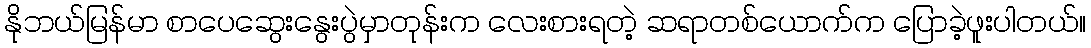
နိုဘယ်မြန်မာ စာပေဆွေးနွေးပွဲမှာတုန်းက လေးစားရတဲ့ ဆရာတစ်ယောက်က ပြောခဲ့ဖူးပါတယ်။